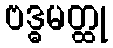
ဗဒ္ဓမတ္ထု